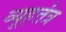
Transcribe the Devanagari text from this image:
व्यूहतंत्र